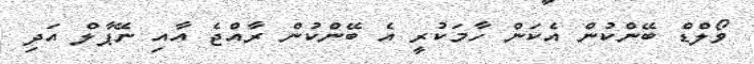
ވޯލްޑް ބޭންކުން އެކަން ހާމަކުރީ އެ ބޭންކުން ރާއްޖެ އާއި ނޭޕާލް އަދި